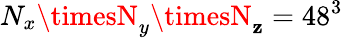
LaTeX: N_{x}\timesN_{y}\timesN_{\mathbf{z}}=48^{3}